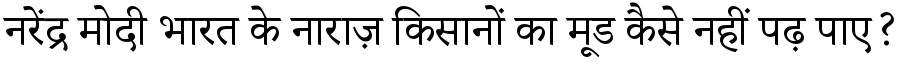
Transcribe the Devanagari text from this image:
नरेंद्र मोदी भारत के नाराज़ किसानों का मूड कैसे नहीं पढ़ पाए?